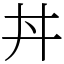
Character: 丼